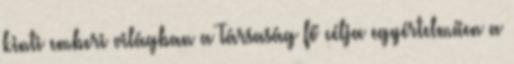
kinti emberi világban a Társaság fő célja egyértelműen a